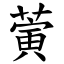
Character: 蔩